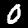
Label: 0